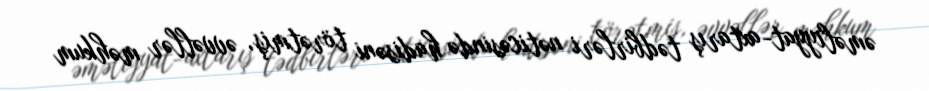
əməliyyat-axtarış tədbirləri nəticəsində hadisəni törətmiş, əvvəllər məhkum